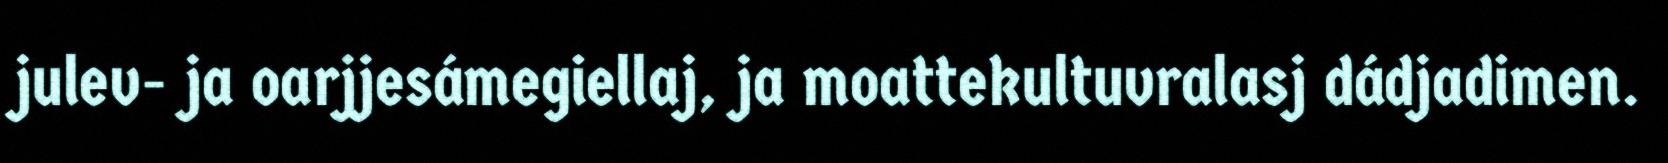
julev- ja oarjjesámegiellaj, ja moattekultuvralasj dádjadimen.